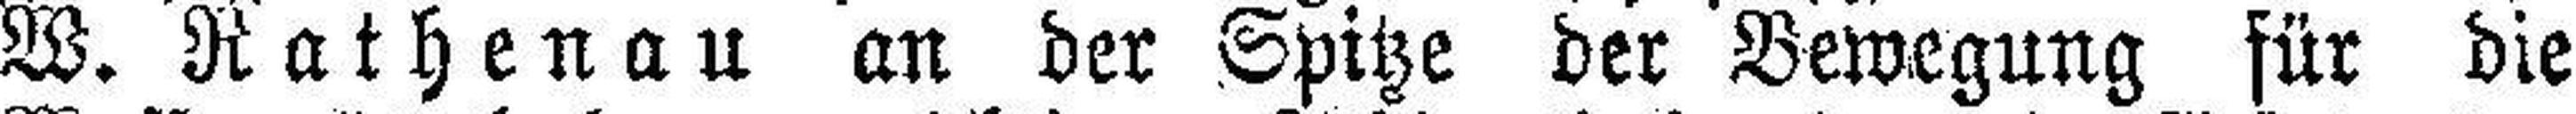
W. Rathenau an der Spitze der Bewegung für die